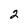
Character: 2